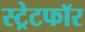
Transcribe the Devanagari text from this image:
स्ट्रेटफॉर